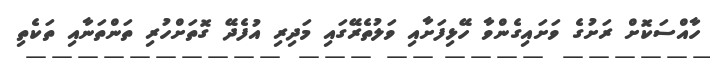
ހާއްސަކޮށް ރަށުގެ ވަށައިގެންވާ ހޭޅިފަށާއި ވަލުތެރޭގައި މަދިރި އުފެދޭ ގޮތަށްހުރި ތަންތަނާއި ތަކެތި